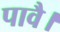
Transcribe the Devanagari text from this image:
पावै।